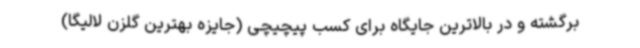
برگشته و در بالاترین جایگاه برای کسب پیچیچی (جایزه بهترین گلزن لالیگا)